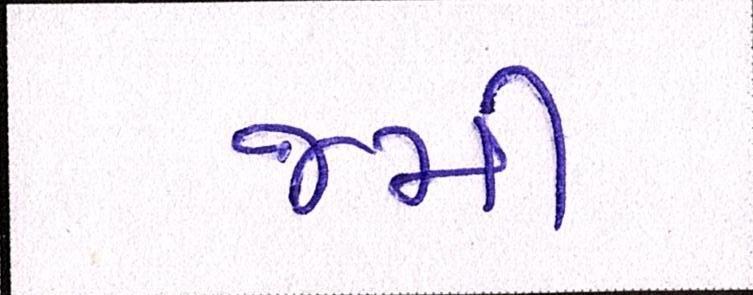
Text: જમી